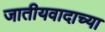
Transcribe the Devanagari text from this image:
जातीयवादाच्या